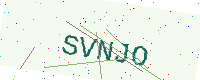
Text: SVNJO